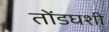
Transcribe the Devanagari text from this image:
तोंडघशी